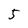
Character: 5